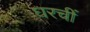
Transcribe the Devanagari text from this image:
घरचीं